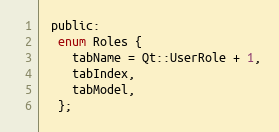
Language: C
 public:
  enum Roles {
    tabName = Qt::UserRole + 1,
    tabIndex,
    tabModel,
  };